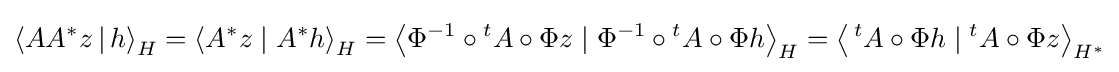
\left\langle AA^{*}z\,|\,h\right\rangle _{H}=\left\langle A^{*}z\mid A^{*}h\right\rangle _{H}=\left\langle \Phi ^{-1}\circ {}^{t}A\circ \Phi z\mid \Phi ^{-1}\circ {}^{t}A\circ \Phi h\right\rangle _{H}=\left\langle \,{}^{t}A\circ \Phi h\mid {}^{t}A\circ \Phi z\right\rangle _{H^{*}}